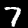
Digit: 7